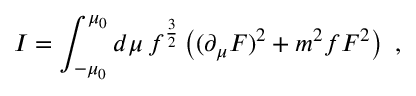
I = \int _ { - \mu _ { 0 } } ^ { \mu _ { 0 } } d \mu \, f ^ { { \frac { 3 } { 2 } } } \left( ( \partial _ { \mu } F ) ^ { 2 } + { m ^ { 2 } f } F ^ { 2 } \right) \ ,